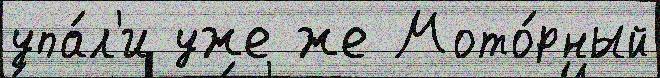
упа́л'и уже же Мото́рный